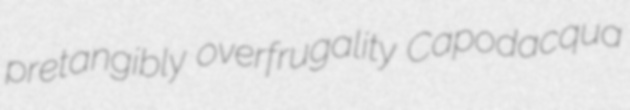
pretangibly overfrugality Capodacqua